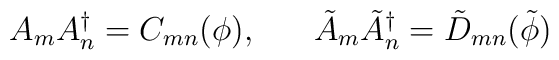
A_{m}A^{\dagger}_{n} = C_{mn}(\phi), \; \; \; \; \; \; \tilde{A}_{m} \tilde{A}^{\dagger}_{n} = \tilde{D}_{mn}(\tilde{\phi})